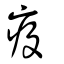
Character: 疫